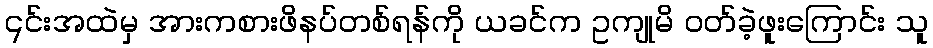
၎င်းအထဲမှ အားကစားဖိနပ်တစ်ရန်ကို ယခင်က ဥကျုမိ ဝတ်ခဲ့ဖူးကြောင်း သူ